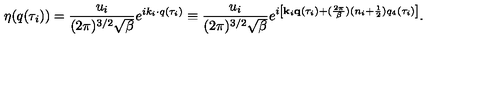
\eta ( q ( \tau _ { i } ) ) = \frac { u _ { i } } { ( 2 \pi ) ^ { 3 / 2 } \sqrt { \beta } } e ^ { i k _ { i } \cdot q ( \tau _ { i } ) } \equiv \frac { u _ { i } } { ( 2 \pi ) ^ { 3 / 2 } \sqrt { \beta } } e ^ { i \left[ { \bf k } _ { i } { \bf q } ( \tau _ { i } ) + ( \frac { 2 \pi } { \beta } ) ( n _ { i } + \frac 1 2 ) q _ { 4 } ( \tau _ { i } ) \right] } .